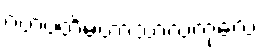
ဂဟပတိမဟာသာလကုလေ